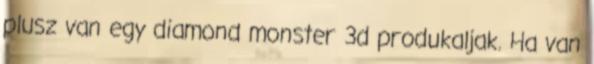
plusz van egy diamond monster 3d produkaljak. Ha van